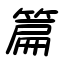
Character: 篇